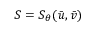
\ensuremath { \boldsymbol { S } } = \ensuremath { \boldsymbol { S } } _ { \theta } ( \bar { u } , \bar { v } )